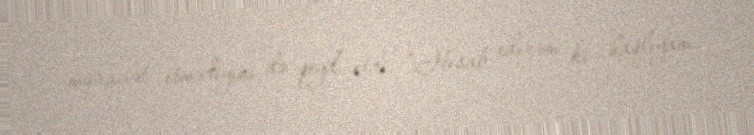
müraciət etmədiyini də qeyd etdi: “Hesab edirəm ki, haqlıyam.